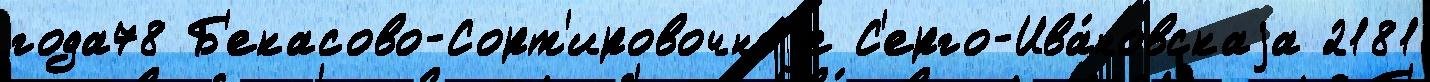
года78 Б'екасово-Сорт'ировочноjе С'ерго-Ива́новскаjа 2181